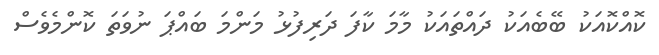
ކޮއްކޮއަކު ބޭބެއަކު ދައްތައަކު މާމަ ކާފަ ދަރިފުޅު މަންމަ ބައްޕަ ނުވަތަ ކޮންމެވެސް